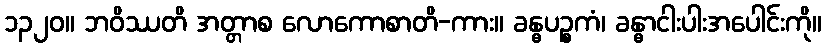
၁၃၂၀။ ဘဝိဿတိ အတ္တာစ လောကောစာတိ-ကား။ ခန္ဓပဉ္စကံ၊ ခန္ဓာငါးပါးအပေါင်းကို။